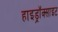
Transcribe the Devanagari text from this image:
हाइड्रॉक्साइट